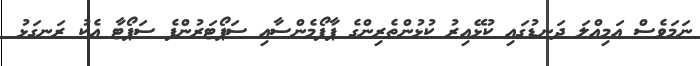
ނަމަވެސް އަމިއްލަ ދަނޑުގައި ކުޅޭއިރު ކުޅުންތެރިންގެ ޕާފޯމެންސާއި ސަޕޯޓަރުންފެ ސަޕޯޓާ އެކު ރަނގަޅު